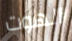
الهوت